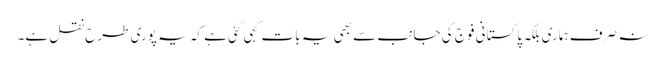
نہ صرف ہماری بلکہ پاکستانی فوج کی جانب سے بھی یہ بات کہی گئی ہے کہ یہ پوری طرح نقل ہے۔